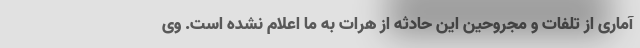
آماری از تلفات و مجروحین این حادثه از هرات به ما اعلام نشده است. وی